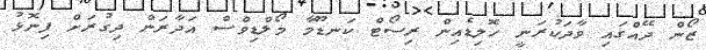
ޒޯން ދޭއްގައި ވާދަކުރަނީ ހޮލިޑެއިން ރިސޯޓް ކަނޑޫމާ މޯލްޑިވްސް އަދާރަން ދިގުރަށް ފިނޮޅު